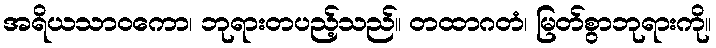
အရိယသာဝကော၊ ဘုရားတပည့်သည်။ တထာဂတံ၊ မြတ်စွာဘုရားကို။